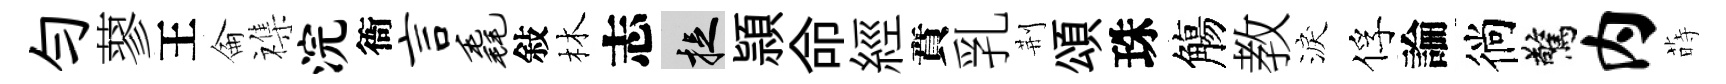
勻蓼王侖襍浣衙言毳敍林志捉頴命經賁乳荆頌珠觴教淚俘論徜驚内蒔